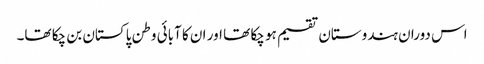
اس دوران ہندوستان تقسیم ہو چکا تھا اور ان کا آبائی وطن پاکستان بن چکا تھا۔